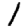
Digit: 1